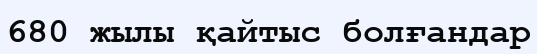
680 жылы қайтыс болғандар